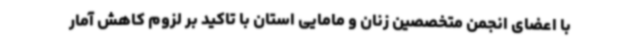
با اعضای انجمن متخصصین زنان و مامایی استان با تاکید بر لزوم کاهش آمار